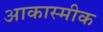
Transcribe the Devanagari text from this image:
आकास्मीक